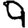
Digit: 9